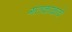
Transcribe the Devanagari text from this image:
गतकाळाचे